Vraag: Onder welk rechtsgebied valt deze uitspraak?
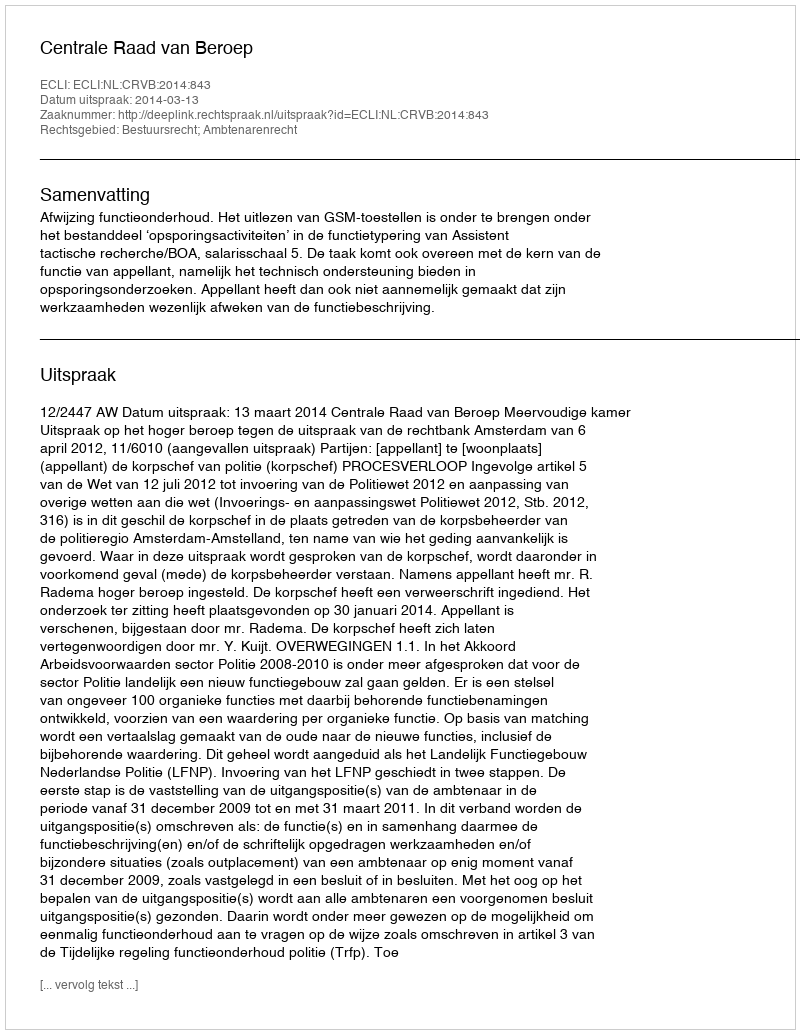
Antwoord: Bestuursrecht; Ambtenarenrecht